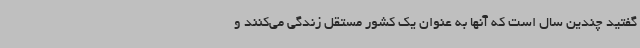
گفتید چندین سال است که آنها به عنوان یک کشور مستقل زندگی می‌کنند و